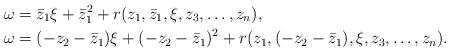
LaTeX: \begin{align*}\omega & = \bar{z}_1 \xi+ \bar{z}_1^2+ r(z_1,\bar{z}_1,\xi,z_3,\ldots,z_n) , \\\omega & = (-z_2-\bar{z}_1) \xi+ (-z_2-\bar{z}_1)^2+ r(z_1,(-z_2-\bar{z}_1),\xi,z_3,\ldots,z_n) .\end{align*}